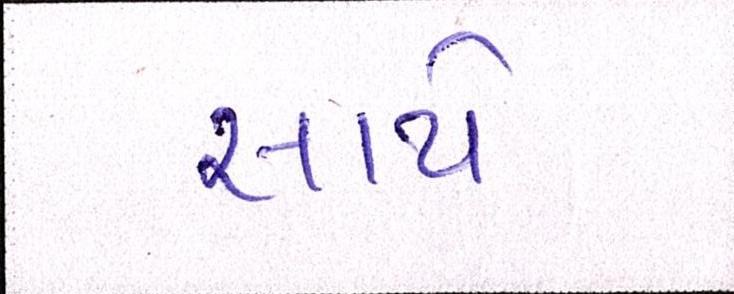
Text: સાથે